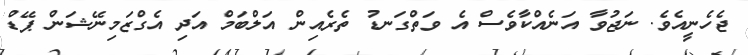
ޖެހެނީއެވެ. ނަޖުވާ އަނެއްކާވެސް އެ ވަތްގަނޑު ތެރެއިން އަލްބަމް އަދި އެގްޒަމިނޭޝަން ޕޭޑް